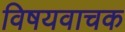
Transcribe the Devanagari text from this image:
विषयवाचक